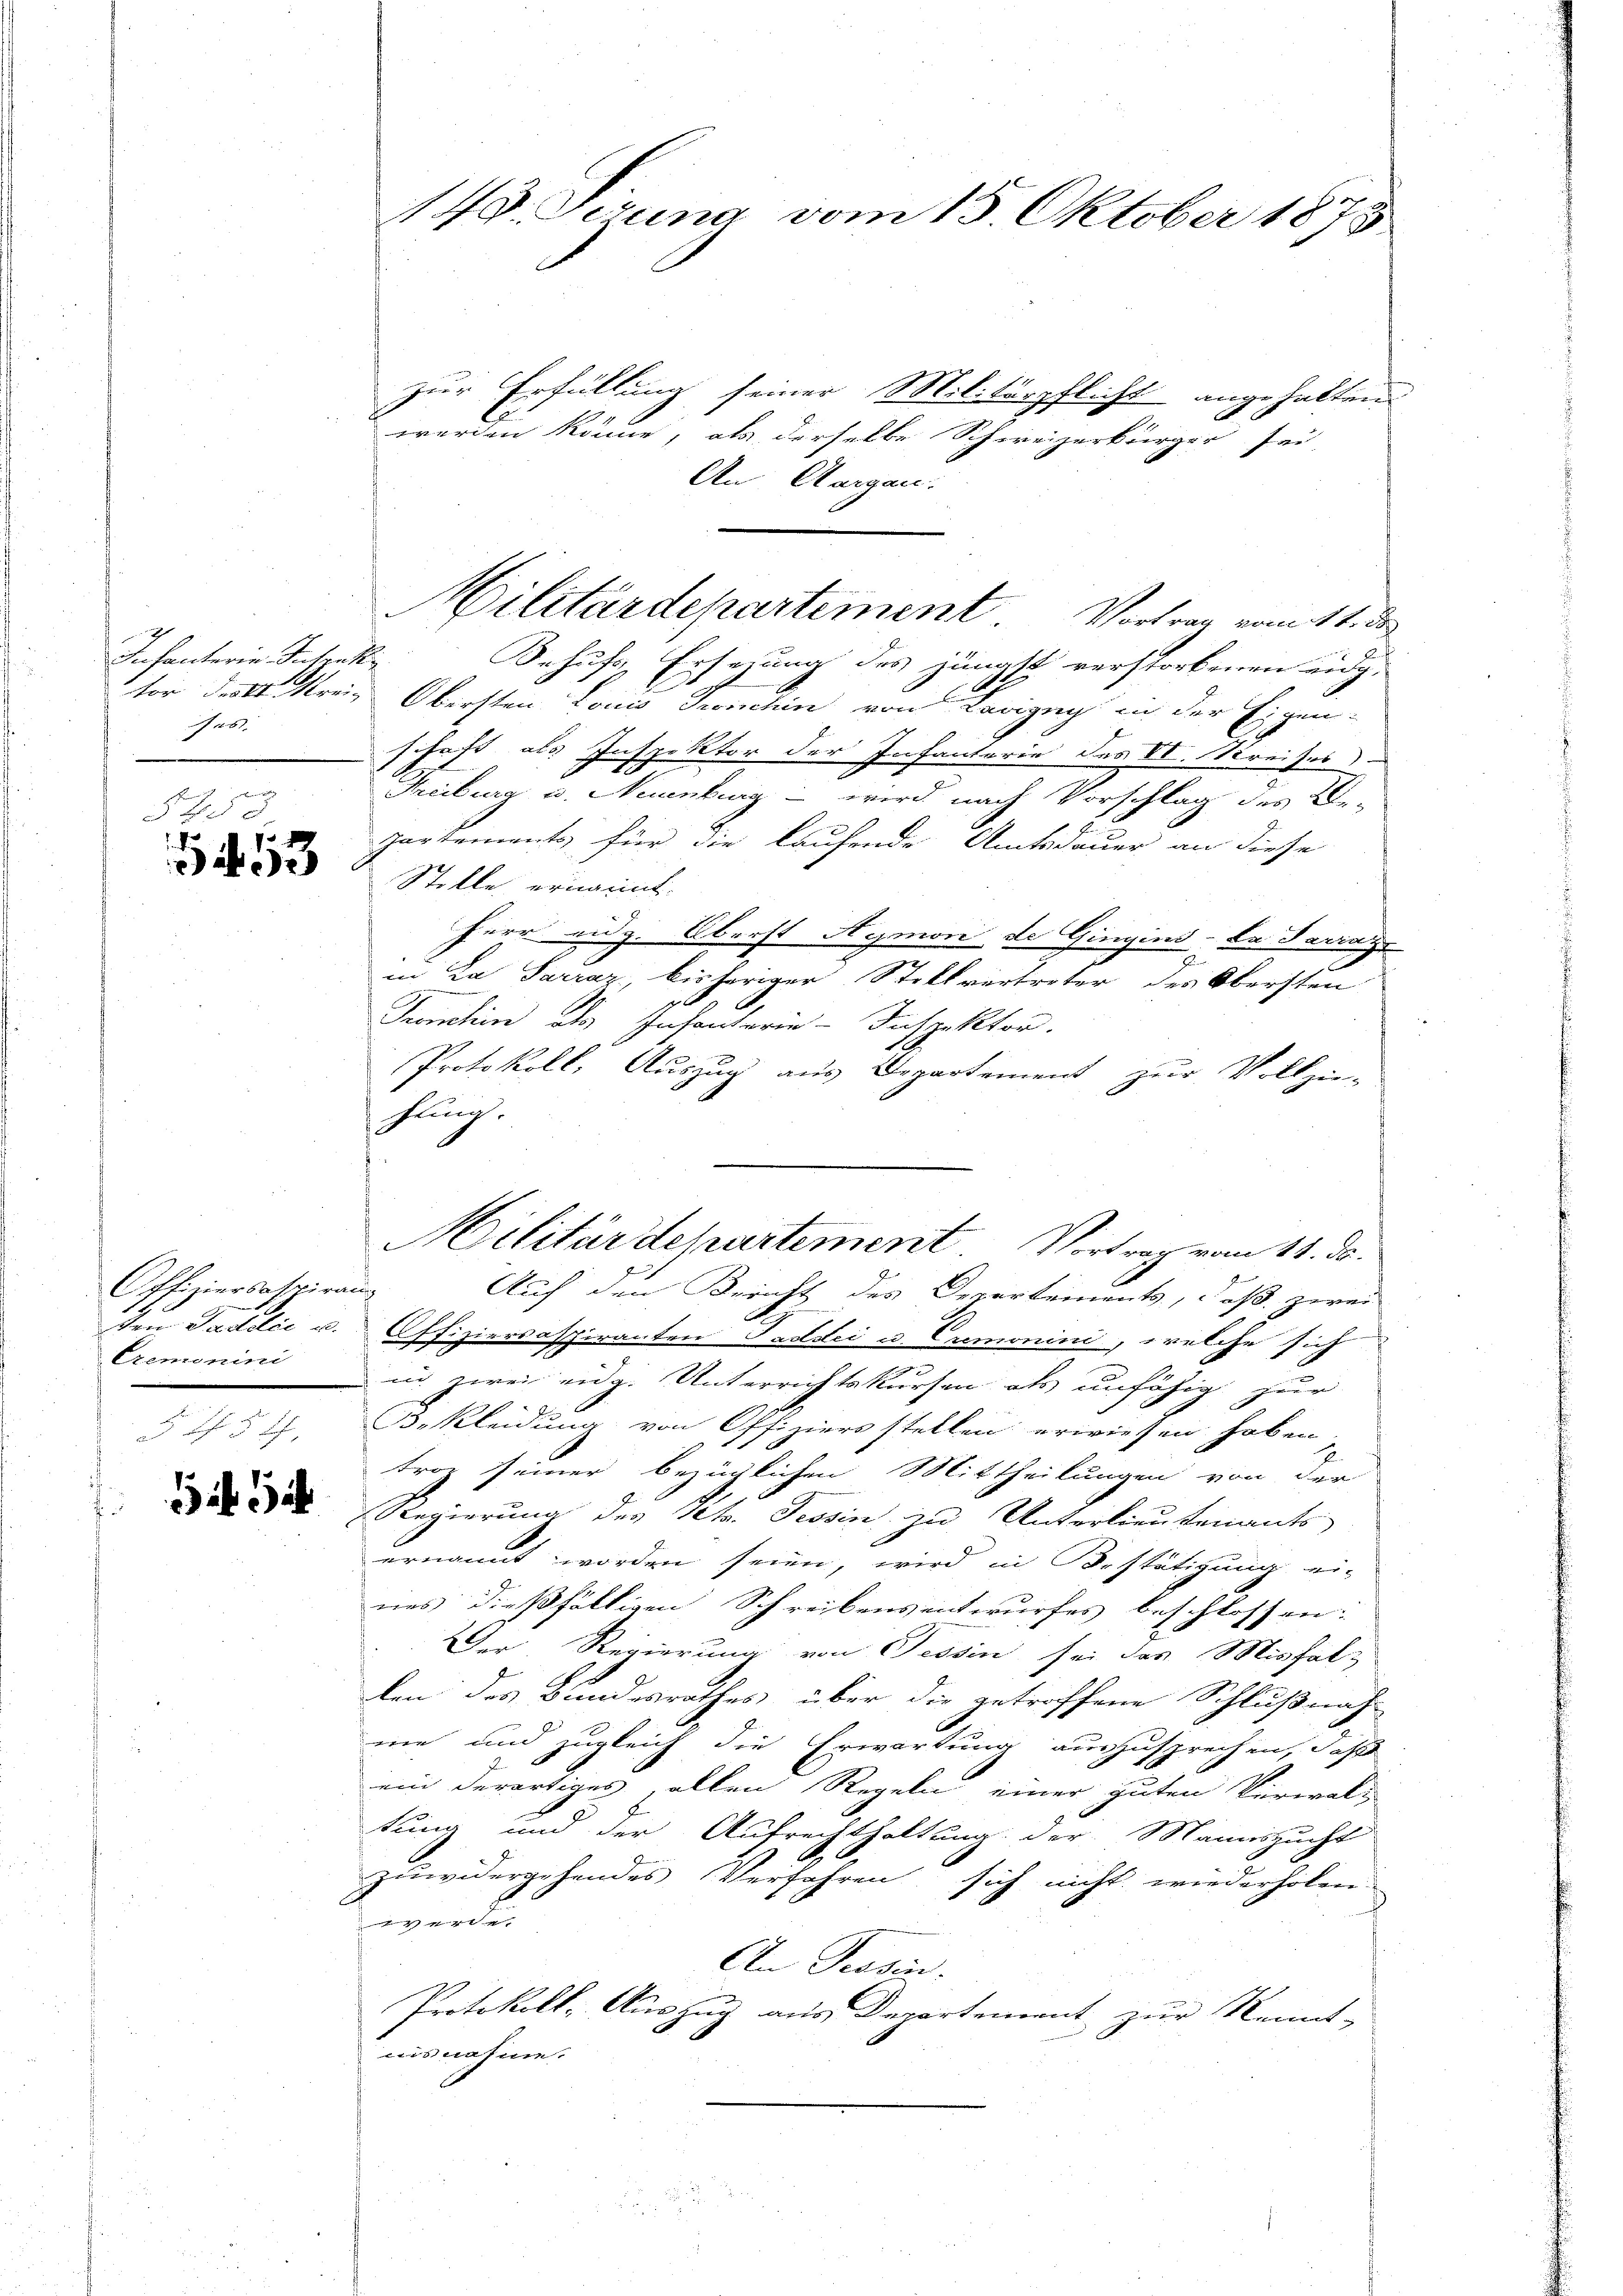
Infanterie Instrukti
fes.

e
F
3

Offiziersatziran
Den Pasilić u.
Cremonini

17. Jezung vom 15. Oktober 1873.

zur Erfüllung seiner Militärpflicht angehalten
werden könne, als derselbe Schweizerbürger sei
An Aargau.
Behufs Ersezung des jüngst verstorbenen eidg.
tor des Kreis Obersten Louis Troischin von Lavizug in der Eigen-
schaft als Inspektor der Infanterie des VI. Kreises
Treiburg u. Neuenburg - wird nach Vorschlag des Be-
partements für die laufende Amtsdauer an diese
Stelle ernannt.
Herr eidg. Oberst Aymon de Gingins. Da daringe
in La Sarraz, bisheriger Stellvertreter des Obersten
Fronchin als Infanterie-Inspektor.
Protokoll, Auszug aus Departement zur Vollzie-
hung.
Militärdepartement Vortrag vom 11. ds.
Auf den Bericht des Departements, daß zwei
Affiziersaspiranten Tadstei u. Cremonini, welche sich
in zwei eidg. Unterrichtskursen als unfähig zur
Bekleidung von Offiziers stellen erwiesen haben.
tror seiner bezüglichen Mittheilungen von der
Regierung des Betr. Tessin, zu Unterlieutenants-
ernannt worden seien, wird in Bestätigung ei-
nes dießfälligen Schreibensentwurfes beschlossen:
Der Regierung von Tessin sei das Misfallen des Bundesrathes über die getroffene Schlußnah-
ne und zugleich die Erwartung auszusprechen, daß
ein derartiges allen Regeln einer guten Verwaltung und der Aufrechthaltung der Mannszucht
zuwidergehendes Verfahren sich nicht wiederholen
werde
An Tessin.
Protokoll, Auszug aus Departement zur Kennt-
ausnahme.

Militärdepartement Vortrag vom 11. de